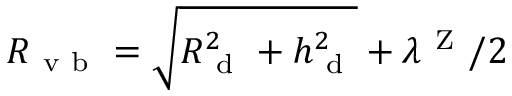
R _ { \mathrm { ~ v ~ b ~ } } = \sqrt { R _ { \mathrm { ~ d ~ } } ^ { 2 } + h _ { \mathrm { ~ d ~ } } ^ { 2 } } + \lambda ^ { \mathrm { ~ Z ~ } } / 2